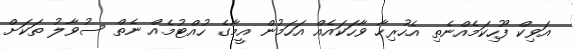
އަވިކް ފޫހިކަމެއްނެތި އެހުރިހާ ވާހަކައެއް އަހަމުން އީމާގެ ހުއްޓުމެއް ނެތް ސުވާލު ތަކަށް